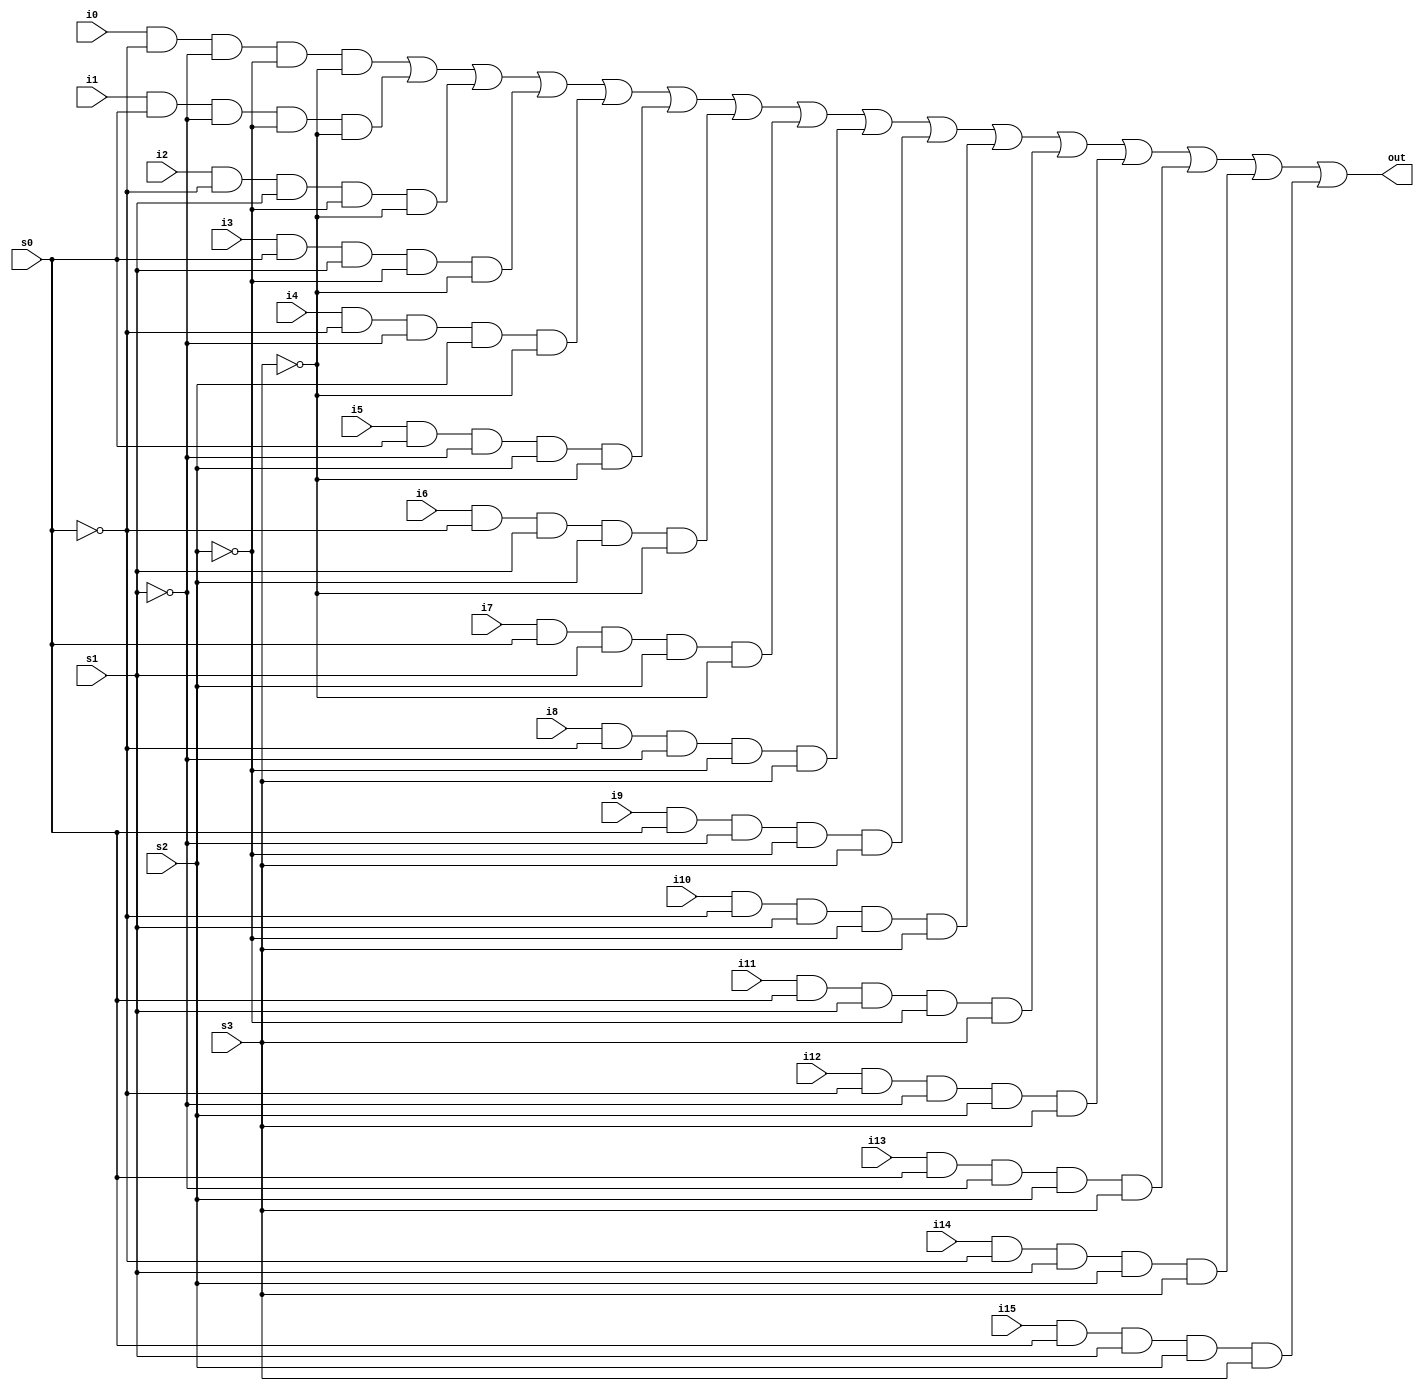
module mux_16to1_1bit(i0, i1, i2, i3, i4, i5, i6, i7, i8, i9, i10, i11, i12, i13, i14, i15, s0, s1, s2, s3, out);

	input i0, i1, i2, i3, i4, i5, i6, i7, i8, i9, i10, i11, i12, i13, i14, i15, s0, s1, s2, s3;
	output out;

	wire ns0, ns1, ns2, ns3;
	not not0(ns0, s0);
	not not1(ns1, s1);
	not not2(ns2, s2);
	not not3(ns3, s3);

	wire t0, t1, t2, t3, t4, t5, t6, t7, t8, t9, t10, t11, t12, t13, t14, t15;

	and and0(t0, i0, ns0, ns1, ns2, ns3);
	and and1(t1, i1, s0, ns1, ns2, ns3);
	and and2(t2, i2, ns0, s1, ns2, ns3);
	and and3(t3, i3, s0, s1, ns2, ns3);
	and and4(t4, i4, ns0, ns1, s2, ns3);
	and and5(t5, i5, s0, ns1, s2, ns3);
	and and6(t6, i6, ns0, s1, s2, ns3);
	and and7(t7, i7, s0, s1, s2, ns3);
	and and8(t8, i8, ns0, ns1, ns2, s3);
	and and9(t9, i9, s0, ns1, ns2, s3);
	and and10(t10, i10, ns0, s1, ns2, s3);
	and and11(t11, i11, s0, s1, ns2, s3);
	and and12(t12, i12, ns0, ns1, s2, s3);
	and and13(t13, i13, s0, ns1, s2, s3);
	and and14(t14, i14, ns0, s1, s2, s3);
	and and15(t15, i15, s0, s1, s2, s3);

	or or0(out, t0, t1, t2, t3, t4, t5, t6, t7, t8, t9, t10, t11, t12, t13, t14, t15);

endmodule